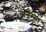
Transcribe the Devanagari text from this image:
अनंम्मा